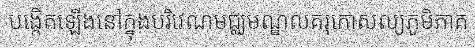
បង្កើតឡើងនៅក្នុងបរិវេណមជ្ឈមណ្ឌលគរុកោសល្យភូមិភាគ